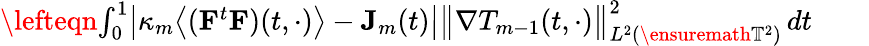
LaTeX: \begin{array}{rl}{\lefteqn{\int_{0}^{1}\bigl|\kappa_{m}\bigl\langle(\mathbf{F}^{t}\mathbf{F})(t,\cdot)\bigr\rangle-\mathbf{J}_{m}(t)\bigr|\bigl\| \nabla T_{m-1}(t,\cdot)\bigr\| _{L^{2}(\ensuremath{\mathbb{T}}^{2})}^{2}\, dt}\quad}&{{}}\end{array}